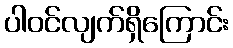
ပါဝင်လျက်ရှိကြောင်း